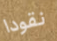
نقودا